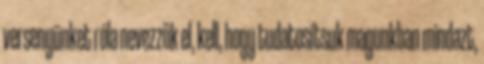
versenyünket róla nevezzük el, kell, hogy tudatosítsuk magunkban mindazt,